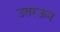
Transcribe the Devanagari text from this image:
उतरऊन